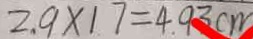
2 . 9 \times 1 7 = 4 . 9 3 c m